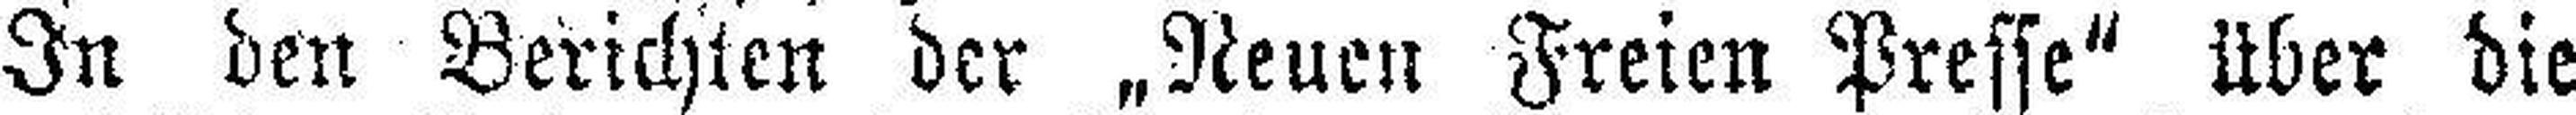
In den Berichten der „Neuen Freien Presse“ über die